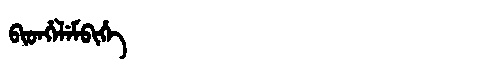
Manchu: ᠪᡳᡨᡥᡝᠯᡝᠮᠪᡳᡥᡝ
Romanization: BITHELEMBIHE